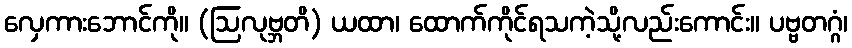
လှေကားဘောင်ကို။ (ဩလုဗ္ဘတိ) ယထာ၊ ထောက်ကိုင်ရသကဲ့သို့လည်းကောင်း။ ပဗ္ဗတဂ္ဂံ၊